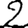
Digit: 2